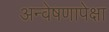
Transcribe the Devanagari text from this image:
अन्वेषणापेक्षा